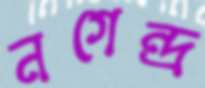
নগেন্দ্র